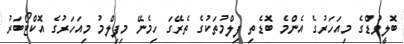
ބޮލީވުޑްގެ މިއަހަރުގެ އެންމެ ބޮޑެތި ފިލްމުތަކުގެ ތެރޭގަ ހިމެނޭ މިފިލްމު މިއަހަރުގެ އޮކްޓޯބަރު